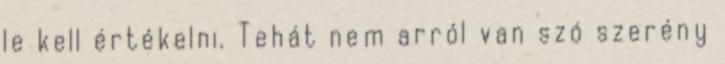
le kell értékelni. Tehát nem arról van szó szerény